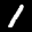
Label: 1